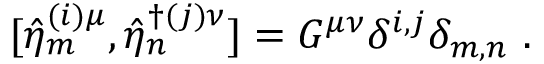
[ \hat { \eta } _ { m } ^ { ( i ) \mu } , \hat { \eta } _ { n } ^ { \dagger ( j ) \nu } ] = G ^ { \mu \nu } \delta ^ { i , j } \delta _ { m , n } ~ .